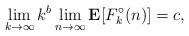
LaTeX: \begin{align*} \lim_{k\to\infty} k^b \lim_{n\to\infty} \mathbf E[F^\circ_k(n)] = c, \end{align*}